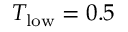
T _ { \mathrm { l o w } } = 0 . 5